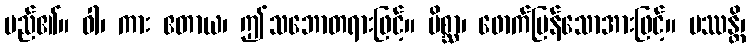
မည်၏။ ဝါ၊ ကား ဧတာယ၊ ဤသဘောတရားဖြင့်။ မိစ္ဆာ၊ ဖောက်ပြန်သောအားဖြင့်။ ပဿန္တိ၊